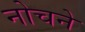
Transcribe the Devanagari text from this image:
नोचने